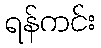
ရန်ကင်း